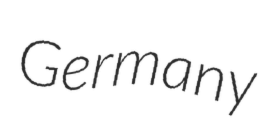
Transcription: Germany